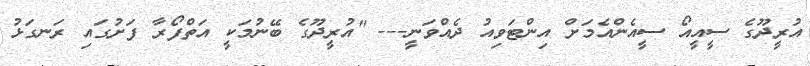
އުރީދޫގެ ސީއީއޯ ސީއެންއެމަށް އިންޓަވިއު ދެއްވަނީ--- "އުރީދޫގެ ބޭނުމަކީ އަތްފޯރާ ފަށުގައި ރަނގަޅު